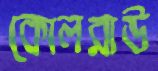
কোলরাউ